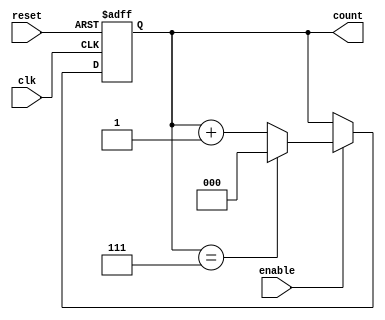
module modulus_counter #(
    parameter MODULUS = 8 // Default modulus value (can be changed as needed)
) (
    input wire clk,        // Clock input
    input wire reset,      // Asynchronous reset (active high)
    input wire enable,     // Enable input (optional)
    output reg [$clog2(MODULUS)-1:0] count // Output count value
);

// Counter logic
always @(posedge clk or posedge reset) begin
    if (reset) begin
        count <= 0; // Reset count to zero
    end else if (enable) begin
        if (count == MODULUS - 1) begin
            count <= 0; // Reset to zero upon reaching modulus
        end else begin
            count <= count + 1; // Increment count
        end
    end
end

endmodule